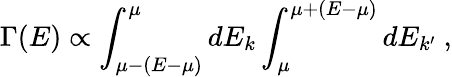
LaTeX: \Gamma(E)\propto\int_{\mu-(E-\mu)}^{\mu}dE_{k}\int_{\mu}^{\mu+(E-\mu)}dE_{k^{\prime}}\ ,